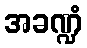
အခဏ္ဍံ